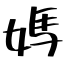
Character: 媽